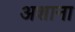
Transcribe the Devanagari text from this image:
अशाना